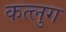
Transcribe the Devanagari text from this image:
कत्लुग